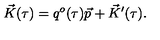
\vec { K } ( \tau ) = q ^ { o } ( \tau ) \vec { p } + \vec { K } ^ { \prime } ( \tau ) .